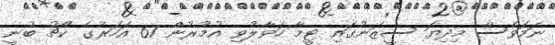
ނަމަވެސް މިދިޔަ ސީޒަނުގައި ޓީމާ ހަވާލުވި އުމުރުން 61 އަހަރުގެ ކޯޗު ބުނީ